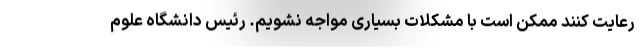
رعایت کنند ممکن است با مشکلات بسیاری مواجه نشویم. رئیس دانشگاه علوم